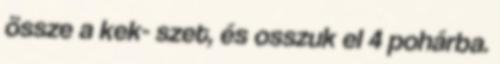
össze a kek- szet, és osszuk el 4 pohárba.